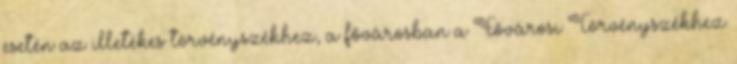
esetén az illetékes törvényszékhez, a fővárosban a Fővárosi Törvényszékhez